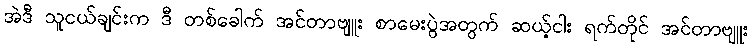
အဲဒီ သူငယ်ချင်းက ဒီ တစ်ခေါက် အင်တာဗျူး စာမေးပွဲအတွက် ဆယ့်ငါး ရက်တိုင် အင်တာဗျူး